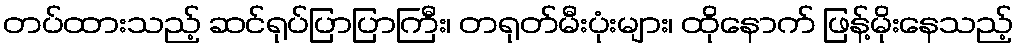
တပ်ထားသည့် ဆင်ရုပ်ပြာပြာကြီး၊ တရုတ်မီးပုံးများ၊ ထိုနောက် ဖြန့်မိုးနေသည့်